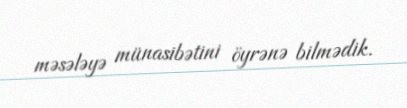
məsələyə münasibətini öyrənə bilmədik.